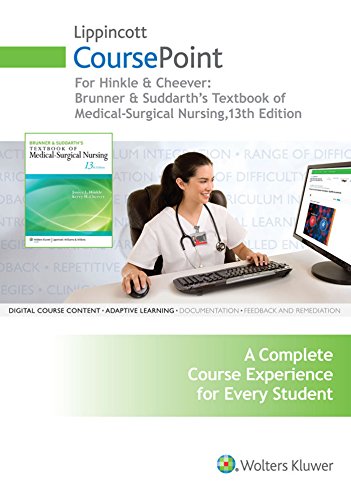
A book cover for Lippincott CoursePoint for Brunner & Suddarth's Medical-Surgical Nursing; Janice L. Hinkle PhD  RN  CNRN; Medical Books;